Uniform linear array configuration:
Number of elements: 4
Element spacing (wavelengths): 1
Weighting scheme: blackman
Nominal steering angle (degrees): -15
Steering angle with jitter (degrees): -14.093
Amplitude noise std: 0.05
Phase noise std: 0.05

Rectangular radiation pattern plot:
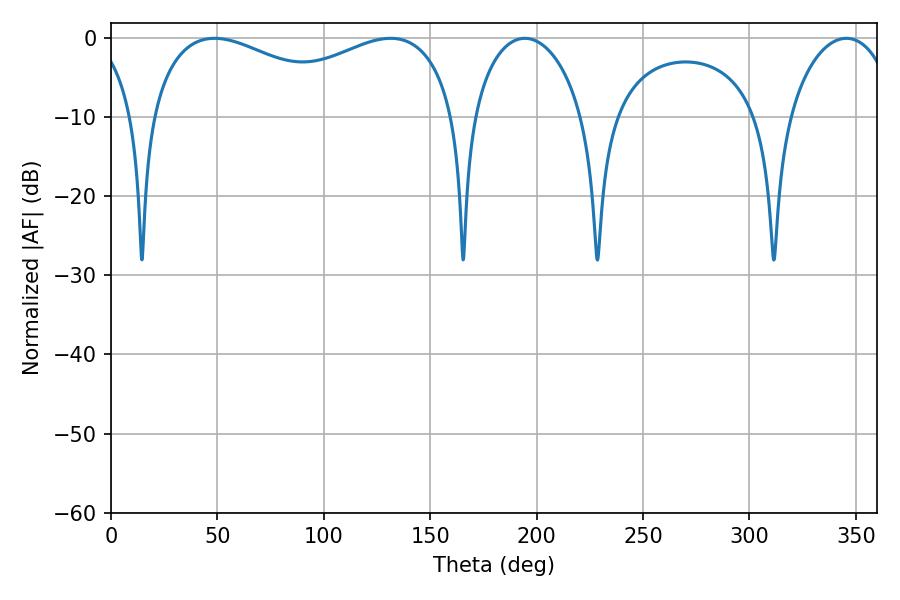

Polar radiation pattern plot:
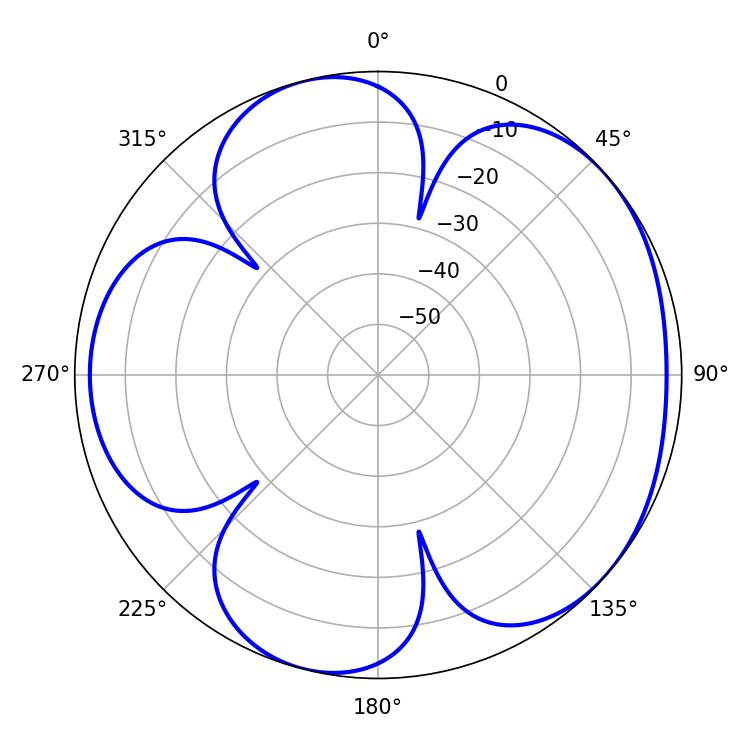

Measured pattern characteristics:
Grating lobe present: TRUE
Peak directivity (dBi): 4.774
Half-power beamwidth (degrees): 119.88
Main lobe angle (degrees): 48.6